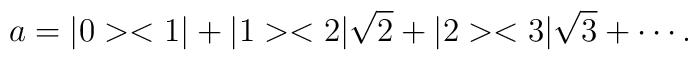
a = |0 ><1| +  |1 ><2|\sqrt{2} + |2 ><3|\sqrt{3} + \cdots .